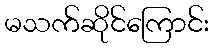
မသက်ဆိုင်ကြောင်း